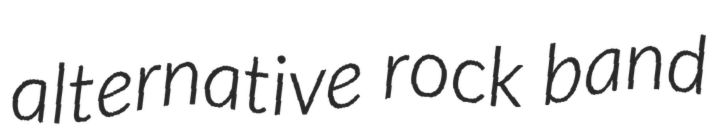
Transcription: alternative rock band